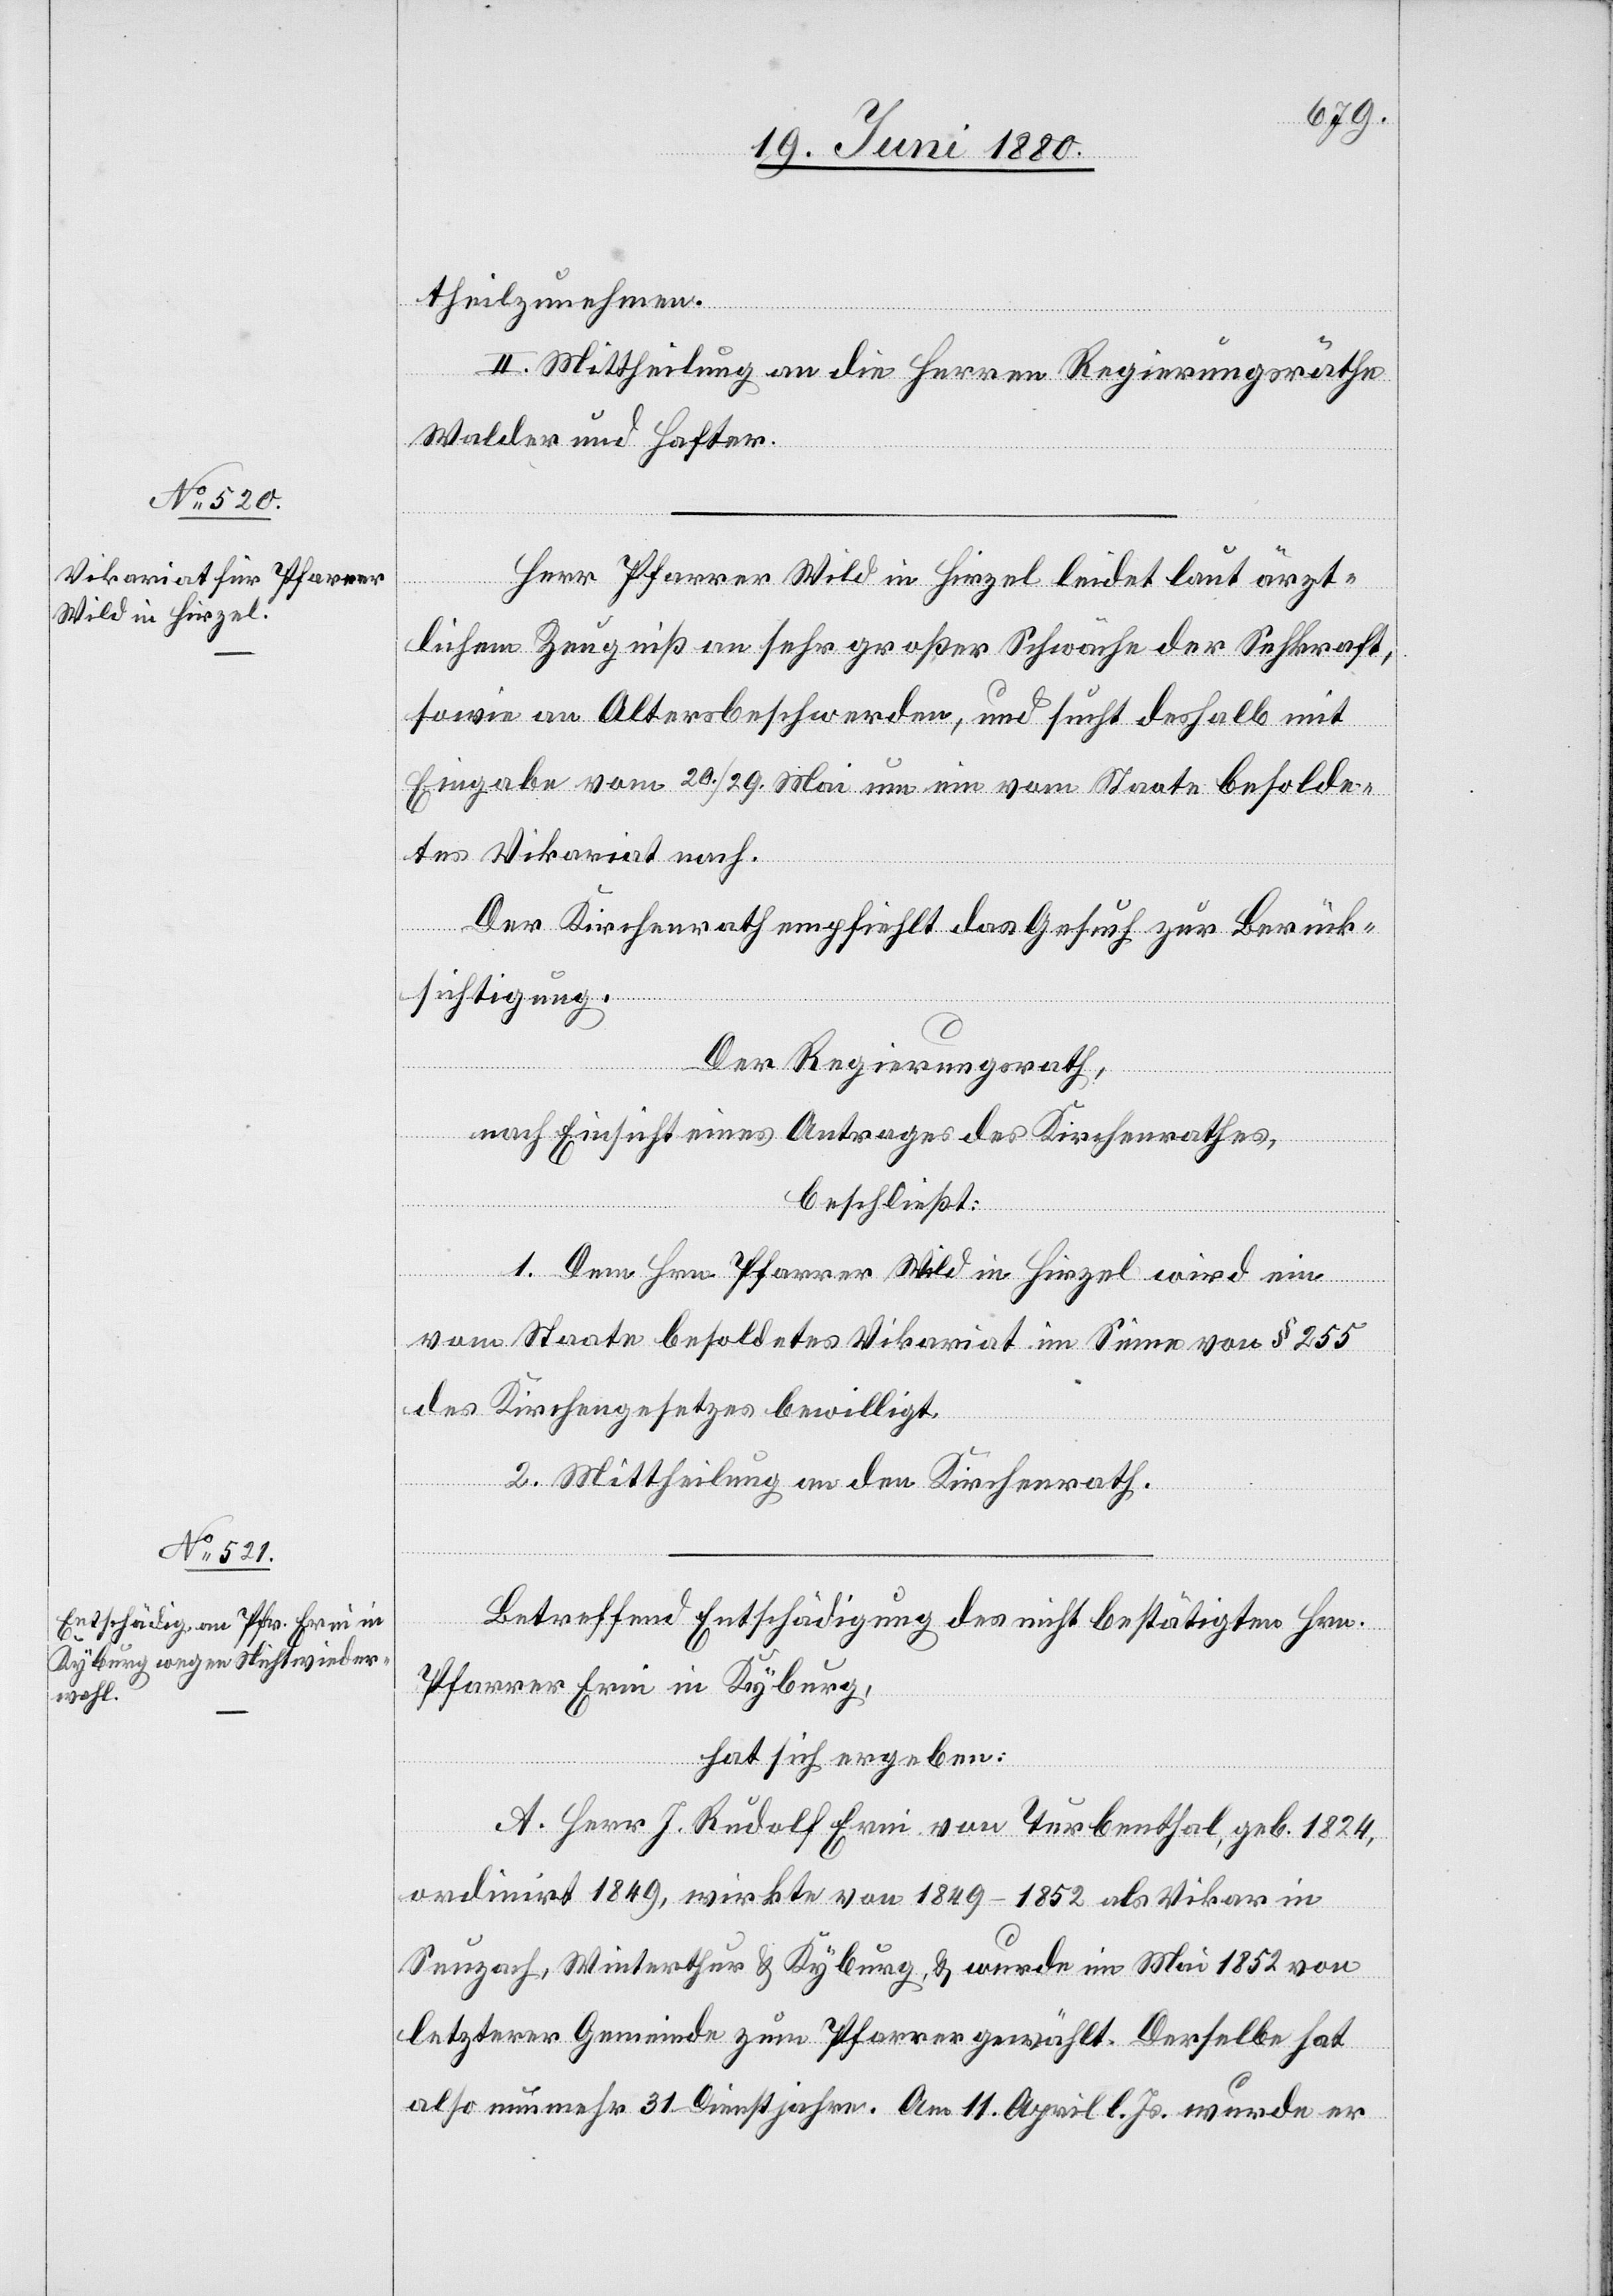
theilzunehmen.
II. Mittheilung an die Herren Regierungsräthe
Walder und Hafter.
Herr Pfarrer Wild in Hirzel leidet laut ärzt¬
lichem Zeugniß an sehr großer Schwäche der Sehkraft,
sowie an Altersbeschwerden, und sucht deshalb mit
Eingabe vom 20./29. Mai um ein vom Staate besolde¬
tes Vikariat nach.
Der Kirchenrath empfiehlt das Gesuch zur Berück¬
sichtigung.
Der Regierungsrath,
nach Einsicht eines Antrages des Kirchenrathes,
beschließt:
1. Dem Hrn. Pfarrer Wild in Hirzel wird ein
vom Staate besoldetes Vikariat im Sinne von § 255
des Kirchengesetzes bewilligt.
2. Mittheilung an den Kirchenrath.
Betreffend Entschädigung des nicht bestätigten Hrn.
Pfarrer Erni in Kyburg,
hat sich ergeben:
A. Herr J. Rudolf Erni von Turbenthal, geb. 1824,
ordinirt 1849, wirkte von 1849–1852 als Vikar in
Seuzach, Winterthur & Kyburg, & wurde im Mai 1852 von
letzterer Gemeinde zum Pfarrer gewählt. Derselbe hat
also nunmehr 31 Dienstjahre. Am 11. April l. Js. wurde er